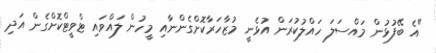
"އެ ބޭފުޅުން މައްސަލަ ހައްލުކުރަން އުޅެނީ މުޒާހަރާކޮށްގެންނާއި މީހުން ލައްވައި ޓްވީޓްކޮށްގެން އަދި